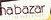
na